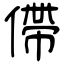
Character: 僀